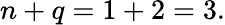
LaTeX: n+q=1+2=3.